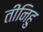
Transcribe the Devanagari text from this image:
तीनिहु